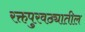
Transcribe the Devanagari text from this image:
रक्तपुरवठ्यातील